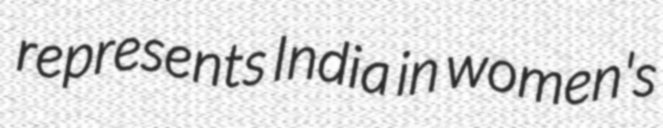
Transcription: represents India in women's